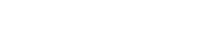
မျောက်ကလေး မျိုး ရှိ၏။